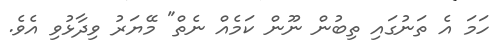
ހަމަ އެ ތަނުގައި ތިބުން ނޫން ކަމެއް ނެތް" މޭޔަރު ވިދާޅުވި އެވެ.